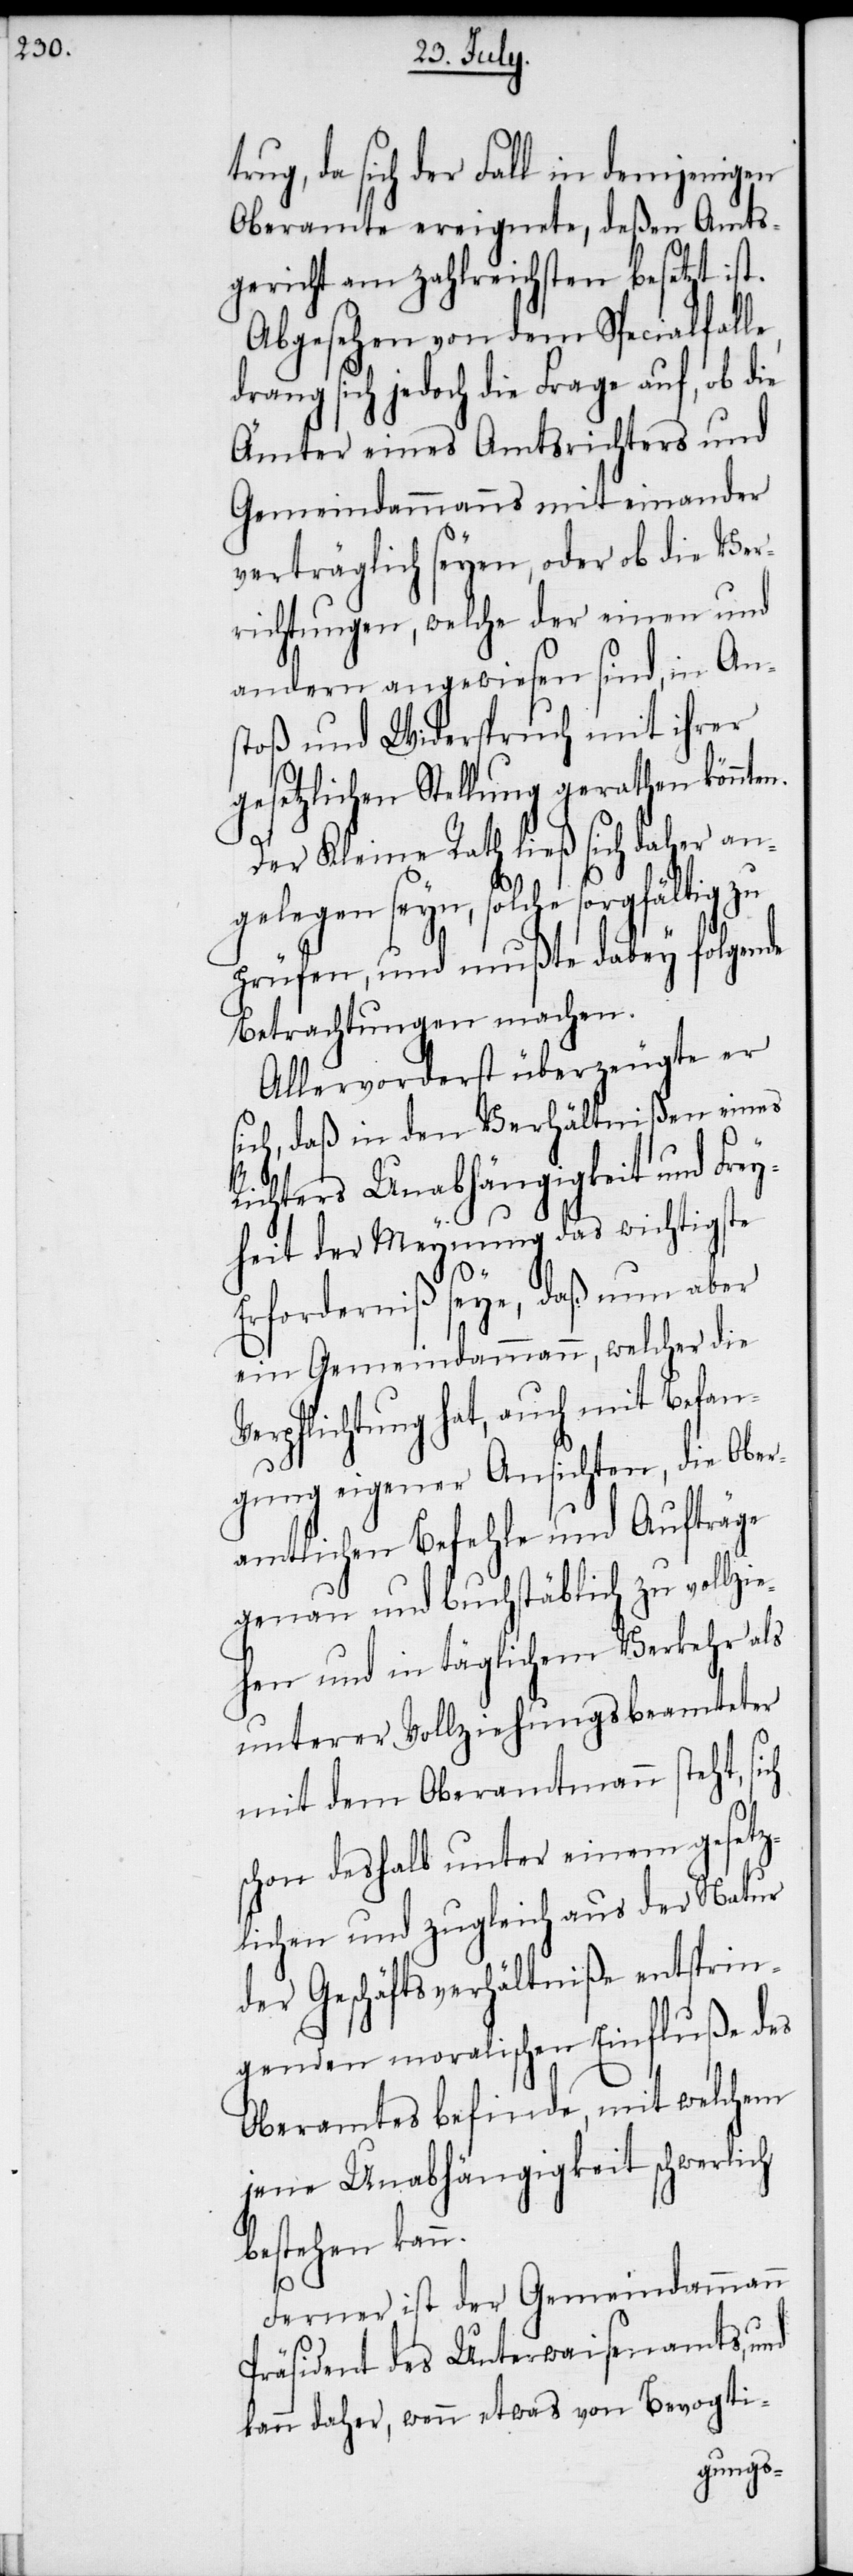
ug, da sich der Fall in demjenigen
Oberamte ereignete, deßen Amts¬
gericht am zahlreichsten besetzt ist.
Abgesehen von dem Specialfalle,
drang sich jedoch die Frage auf, ob die
Ämter eines Amtsrichters und
Gemeindammanns mit einander
verträglich seyen, oder ob die Ver¬
richtungen, welche der einen und
andern angewiesen sind, in An¬
stoß und Widerspruch mit ihrer
gesetzlichen Stellung gerathen könnte¬
Der Kleine Rath ließ sich daher an¬
gelegen seyn, solche sorgfältig zu
prüfen, und mußte dabey folgende
Betrachtungen machen.
Allervorderst überzeugte er
ich, daß in den Verhältnißen eines
Richters Unabhängigkeit und Frey¬
heit der Meynung das wichtigste
Erforderniß seye, daß nun aber
ein Gemeindammann, welcher die
Verpflichtung hat, auch mit Befan¬
gung eigener Ansichten, die Ober¬
amtlichen Befehle und Aufträge
genau und buchstäblich zu vollzi¬
ehen und in täglichem Verkehr als
unterer Vollziehungsbeamteter
mit dem Oberamtmann steht, sich
schon deshalb unter einem gesetz¬
lichen und zugleich aus der Natur
der Geschäftsverhältniße entsprin¬
genden moralischen Einfluße des
Oberamtes befinde, mit welchem
jene Unabhängigkeit schwerli¬
bestehen kann.
ch
Ferner ist der Gemeindammann
Präsident des Unterwaisenamts, und
kann daher, wenn etwas von Bevogti-